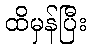
ထိမှန်ပြီး